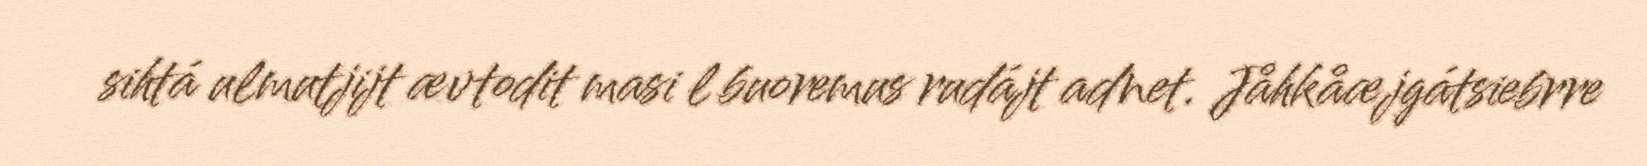
sihtá ulmutjijt ævtodit masi l buoremus rudájt adnet. Jåhkåæjgátsiebrre